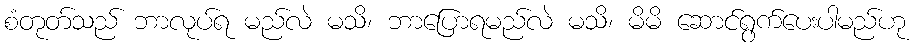
စံတုတ်သည် ဘာလုပ်ရ မည်လဲ မသိ၊ ဘာပြောရမည်လဲ မသိ၊ မိမိ ဆောင်ရွက်ပေးပါမည်ဟု